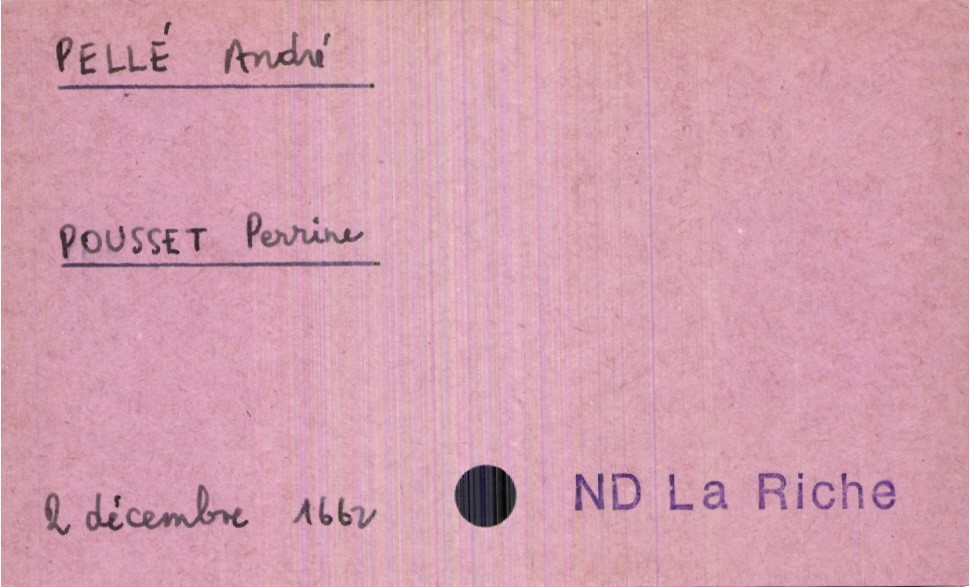
type_acte: Mariage
année: 1662
mois: décembre
jour: 2
paroisse: Notre Dame La Riche
marié_nom: Pellé
marié_prénom: André
mariée_nom: Pousset
mariée_prénom: Perrine